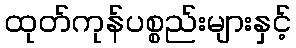
ထုတ်ကုန်ပစ္စည်းများနှင့်